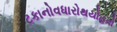
ટકાનોવધારોથયોહતો